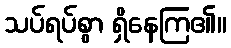
သပ်ရပ်စွာ ရှိနေကြ၏။